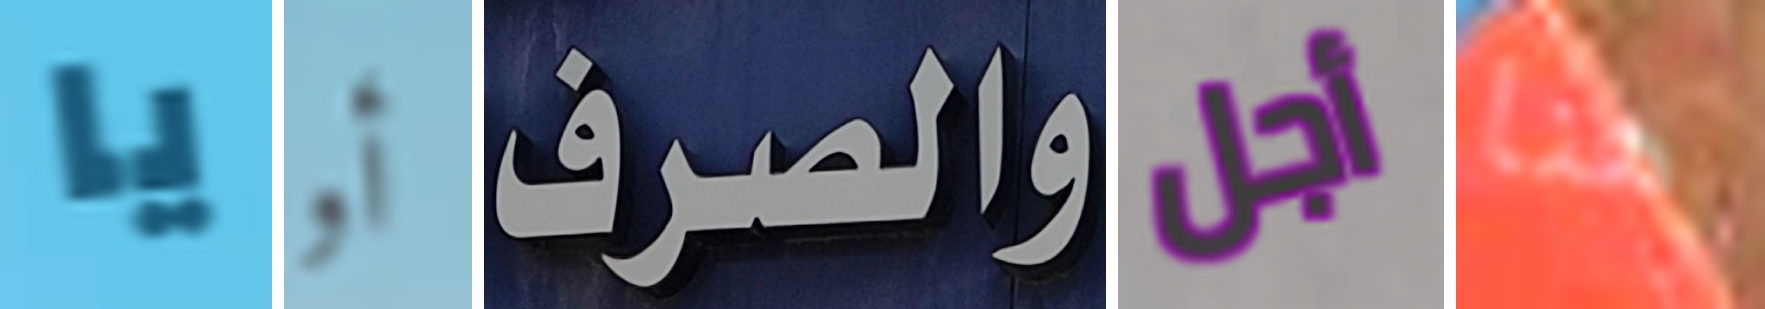
يا أو والصرف أجل هنا